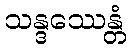
သန္ဒဿေန္တံ